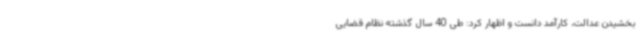
بخشیدن عدالت، کارآمد دانست و اظهار کرد: طی 40 سال گذشته نظام قضایی